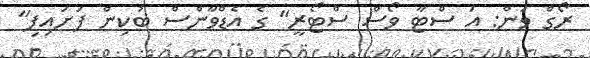
ރޯގް ވަން: އަ ސްޓާ ވޯސް ސްޓޯރީ" ގެ އެޑްވާންސް ބުކިން ފަށައިފި"